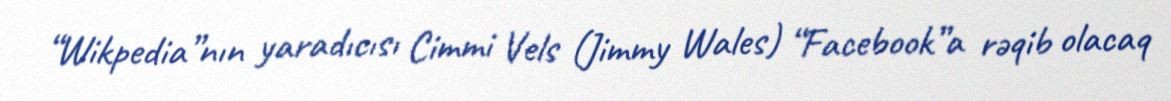
“Wikpedia”nın yaradıcısı Cimmi Vels (Jimmy Wales) “Facebook”a rəqib olacaq